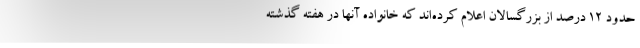
حدود 12 درصد از بزرگسالان اعلام کرده‌اند که خانواده آنها در هفته گذشته